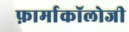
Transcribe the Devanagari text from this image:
फ़ार्माकॉलोजी